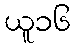
ယူ၁၆